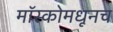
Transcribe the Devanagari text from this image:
मॉस्कोमधूनच